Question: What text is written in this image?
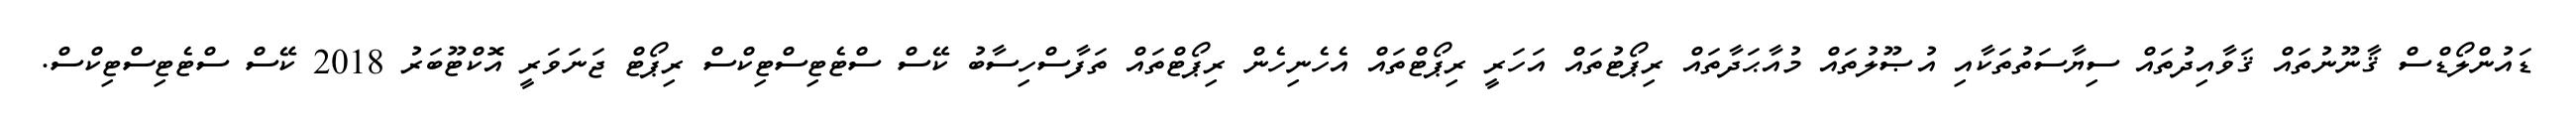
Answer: ޑައުންލޯޑްސް ޤާނޫނުތައް ޤަވާއިދުތައް ސިޔާސަތުތަކާއި އުޞޫލުތައް މުއާޙަދާތައް ރިޕޯޓުތައް އަހަރީ ރިޕޯޓްތައް އެހެނިހެން ރިޕޯޓްތައް ތަފާސްހިސާބު ކޭސް ސްޓެޓިސްޓިކްސް ރިޕޯޓް ޖަނަވަރީ އޮކްޓޫބަރު 2018 ކޭސް ސްޓެޓިސްޓިކްސް.